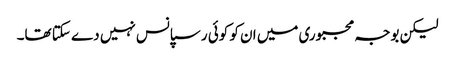
لیکن بوجہ مجبوری میں ان کو کوئی رسپانس نہیں دے سکتا تھا۔